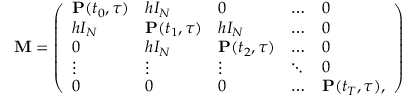
\begin{array} { r } { \mathbf { M } = \left( \begin{array} { l l l l l } { \mathbf { P } ( t _ { 0 } , \tau ) } & { h I _ { N } } & { 0 } & { \dots } & { 0 } \\ { h I _ { N } } & { \mathbf { P } ( t _ { 1 } , \tau ) } & { h I _ { N } } & { \dots } & { 0 } \\ { 0 } & { h I _ { N } } & { \mathbf { P } ( t _ { 2 } , \tau ) } & { \dots } & { 0 } \\ { \vdots } & { \vdots } & { \vdots } & { \ddots } & { 0 } \\ { 0 } & { 0 } & { 0 } & { \dots } & { \mathbf { P } ( t _ { T } , \tau ) , } \end{array} \right) } \end{array}